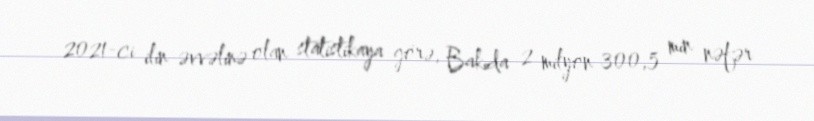
2021-сi ilin əvvəlinə olan statistikaya görə, Bakıda 2 milyon 300,5 min nəfər